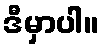
ဒီမှာပါ။